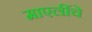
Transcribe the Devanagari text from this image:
माएलींचे